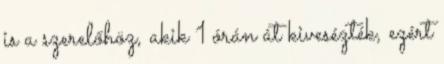
is a szerelőhöz, akik 1 órán át kivesézték, ezért